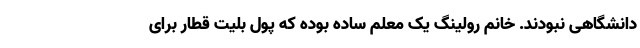
دانشگاهی نبودند. خانم رولینگ یک معلم ساده بوده که پول بلیت قطار برای